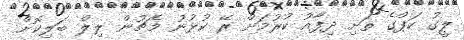
ލީގު ކަޕްގެ ތަށި ދިފާއު ކުރުމަށް ރޭ ކުޅުނު މެޗުން ލިލް ބަލިކޮށް